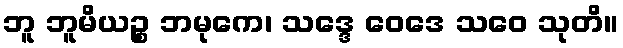
ဘူ ဘူမိယဉ္စ ဘမုကေ၊ သဒ္ဒေ ဝေဒေ သဝေ သုတိ။